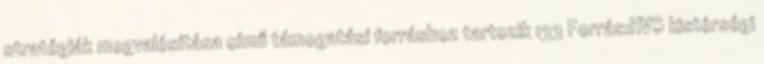
stratégiák megvalósítása című támogatási forráshoz tartozik 133 Forrás:HVS kistérségi